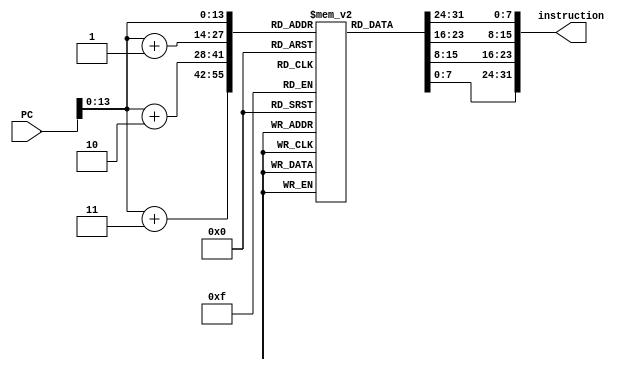
module instructionMemory(instruction, PC);

	integer j;
	input [31:0]PC;
	output [31:0]instruction;
	reg [7:0] mem [16383:0];
	wire [31:0]instruction;
	initial begin
			// SOME softwares would have a 5000 limit on for loop.
			// You can break this into multiple loops or initialize several locations in parallel
			for (j = 0; j<4999; j = j + 1)   // 16 K Memory
				begin
					mem[j] <= 8'b0;
				end	
				mem[4999] <= 8'b0;
			for (j = 5000; j<9999; j = j + 1)   // 16 K Memory
				begin
					mem[j] <= 8'b0;
				end		
				mem[9999] <= 8'b0;
			for (j = 10000; j<14999; j = j + 1)   // 16 K Memory
				begin
					mem[j] <= 8'b0;
				end		
			for (j = 14999; j<16384; j = j + 1)   // 16 K Memory
				begin
					mem[j] <= 8'b0;
				end			
				
			// ******************************************************	
			///Test Case 1: Load Operations 
			// ****************************************************** 
			//lw $t0,0($0)
			//lw $t1,4($0)
			//lw $t2,8($0)
			//lw $t3,12($0)
			//lw $t4,16($0)
			//lw $t5,20($0)
			//lw $t6,24($0)
			//lw $t7,28($0)
			
				
			mem[100] <= 'h48;
			mem[101] <= 'h08;
			mem[102] <= 'h00;
			mem[103] <= 'h00;
			
			mem[104] <= 'h48;
			mem[105] <= 'h09;
			mem[106] <= 'h00;
			mem[107] <= 'h04;
			
			mem[108] <= 'h48;
			mem[109] <= 'h0a;
			mem[110] <= 'h00;
			mem[111] <= 'h08;
			
			mem[112] <= 'h48;
			mem[113] <= 'h0b;
			mem[114] <= 'h00;
			mem[115] <= 'h0c;
			
			mem[116] <= 'h48;
			mem[117] <= 'h0c;
			mem[118] <= 'h00;
			mem[119] <= 'h10;
			
			mem[120] <= 'h48;
			mem[121] <= 'h0d;
			mem[122] <= 'h00;
			mem[123] <= 'h14;
			
			mem[124] <= 'h48;
			mem[125] <= 'h0e;
			mem[126] <= 'h00;
			mem[127] <= 'h18;
			
			mem[128] <= 'h48;
			mem[129] <= 'h0f;
			mem[130] <= 'h00;
			mem[131] <= 'h1c;
			
			// ******************************************************	
			///Test Case 2: Arithematic operations - No Forwarding
			// ****************************************************** 
			//addi $s1,$0,5
			//addi $s2,$0,10
			//addi $s3,$0,3
			//addi $s4,$0,2			
			//add  $s5,$s1,$s2
			//sub  $s6,$s1,$s3
			mem[200] <= 'h24;
			mem[201] <= 'h13;
			mem[202] <= 'h00;
			mem[203] <= 'h05;
			
			mem[204] <= 'h24;
			mem[205] <= 'h14;
			mem[206] <= 'h00;
			mem[207] <= 'h0a;
			
			mem[208] <= 'h24;
			mem[209] <= 'h15;
			mem[210] <= 'h00;
			mem[211] <= 'h03;
			
			mem[212] <= 'h24;
			mem[213] <= 'h16;
			mem[214] <= 'h00;
			mem[215] <= 'h02;
			
			mem[216] <= 'h0e;
			mem[217] <= 'h74;
			mem[218] <= 'hb8;
			mem[219] <= 'h20;
			
			mem[220] <= 'h0e;
			mem[221] <= 'h75;
			mem[222] <= 'hc0;
			mem[223] <= 'h24;			

			// ******************************************************	
			///Test Case 3: Logical Operations - No Forwarding
			// ****************************************************** 
			//addi $s1,$0,15
			//addi $s2,$0,10
			//addi $s3,$0,3
			//addi $s4,$0,2			
			//and  $s5,$s1,$s2
			//or   $s6,$s2,$s3
			mem[300] <= 'h24;
			mem[301] <= 'h13;
			mem[302] <= 'h00;
			mem[303] <= 'h0f;
			
			mem[304] <= 'h24;
			mem[305] <= 'h14;
			mem[306] <= 'h00;
			mem[307] <= 'h0a;
			
			mem[308] <= 'h24;
			mem[309] <= 'h15;
			mem[310] <= 'h00;
			mem[311] <= 'h03;
			
			mem[312] <= 'h24;
			mem[313] <= 'h16;
			mem[314] <= 'h00;
			mem[315] <= 'h02;
			
			mem[316] <= 'h0e;
			mem[317] <= 'h74;
			mem[318] <= 'hb8;
			mem[319] <= 'h14;
			
			mem[320] <= 'h0e;
			mem[321] <= 'h95;
			mem[322] <= 'hc0;
			mem[323] <= 'h25;

			// ******************************************************	
			///Test Case 4: Store Operation
			// ****************************************************** 
			//addi $s1,$0,15
			//addi $s2,$0,10
			//addi $s3,$0,3
			//sw   $s1,100($0)			
			//addi $s1,$0,0
			//addi $s2,$0,10			
			//lw   $s3,100($0)						

			mem[400] <= 'h24;
			mem[401] <= 'h13;
			mem[402] <= 'h00;
			mem[403] <= 'h0f;
			
			mem[404] <= 'h24;
			mem[405] <= 'h14;
			mem[406] <= 'h00;
			mem[407] <= 'h0a;
			
			mem[408] <= 'h24;
			mem[409] <= 'h15;
			mem[410] <= 'h00;
			mem[411] <= 'h03;
			
			mem[412] <= 'hac;
			mem[413] <= 'h13;
			mem[414] <= 'h00;
			mem[415] <= 'h64;
			
			mem[416] <= 'h24;
			mem[417] <= 'h13;
			mem[418] <= 'h00;
			mem[419] <= 'h00;
			
			mem[420] <= 'h24;
			mem[421] <= 'h14;
			mem[422] <= 'h00;
			mem[423] <= 'h0a;
			
			mem[424] <= 'h48;
			mem[425] <= 'h15;
			mem[426] <= 'h00;
			mem[427] <= 'h64;			
			
			// ******************************************************	
			///Test Case 5: Branch Equal - Not Taken
			// ****************************************************** 
			//addi $s1,$0,15
			//addi $s2,$0,10
			//addi $s3,$0,3
			//addi $s4,$0,2			
			//beq  $s1,$s2,-5
			//addi $s1,$0,30
			//addi $s2,$0,20
			//addi $s3,$0,6
			//addi $s3,$0,6
			//addi $s3,$0,6						
		
			mem[500] <= 'h24;
			mem[501] <= 'h13;
			mem[502] <= 'h00;
			mem[503] <= 'h0f;
			
			mem[504] <= 'h24;
			mem[505] <= 'h14;
			mem[506] <= 'h00;
			mem[507] <= 'h0a;
					
			mem[508] <= 'h24;
			mem[509] <= 'h15;
			mem[510] <= 'h00;
			mem[511] <= 'h03;
					
			mem[512] <= 'h24;
			mem[513] <= 'h16;
			mem[514] <= 'h00;
			mem[515] <= 'h02;
			
			// BEQ
			mem[516] <= 'h16;
			mem[517] <= 'h74;
			mem[518] <= 'hff;
			mem[519] <= 'hfb;
			
			mem[520] <= 'h24;
			mem[521] <= 'h13;
			mem[522] <= 'h00;
			mem[523] <= 'h1e;
					
			mem[524] <= 'h24;
			mem[525] <= 'h14;
			mem[526] <= 'h00;
			mem[527] <= 'h14;
					
			mem[528] <= 'h24;
			mem[529] <= 'h15;
			mem[530] <= 'h00;
			mem[531] <= 'h06;			
			
			mem[532] <= 'h24;
			mem[533] <= 'h15;
			mem[534] <= 'h00;
			mem[535] <= 'h06;
					
			mem[536] <= 'h24;
			mem[537] <= 'h15;
			mem[538] <= 'h00;
			mem[539] <= 'h06;	
		

			// ******************************************************	
			///Test Case 6: ALU-ALU FWD 
			// ****************************************************** 
			//addi $s1,$0,15
			//addi $s2,$0,10
			//addi $s3,$0,3
			//add  $s4,$s1,$s2			
			//add  $s5,$s4,$s3
			
			mem[600] <= 'h24;
			mem[601] <= 'h13;
			mem[602] <= 'h00;
			mem[603] <= 'h0f;
			
			mem[604] <= 'h24;
			mem[605] <= 'h14;
			mem[606] <= 'h00;
			mem[607] <= 'h0a;
			
			mem[608] <= 'h24;
			mem[609] <= 'h15;
			mem[610] <= 'h00;
			mem[611] <= 'h03;
			
			mem[612] <= 'h0e;
			mem[613] <= 'h74;
			mem[614] <= 'hb0;
			mem[615] <= 'h20;
			
			mem[616] <= 'h0e;
			mem[617] <= 'hd5;
			mem[618] <= 'hb8;
			mem[619] <= 'h20;

			// ******************************************************	
			///Test Case 7: Branch Equal - Taken
			// ****************************************************** 
			//addi $s1,$0,15
			//addi $s2,$0,15
			//addi $s3,$0,3
			//addi $s4,$0,2			
			//beq  $s1,$s2,2 //will jump to address 728
			//addi $s1,$0,30
			//addi $s2,$0,20
			//addi $s3,$0,6
			//addi $s3,$0,6
			//addi $s3,$0,6						
		
			mem[700] <= 'h24;
			mem[701] <= 'h13;
			mem[702] <= 'h00;
			mem[703] <= 'h0f;
			
			mem[704] <= 'h24;
			mem[705] <= 'h14;
			mem[706] <= 'h00;
			mem[707] <= 'h0f;
					
			mem[708] <= 'h24;
			mem[709] <= 'h15;
			mem[710] <= 'h00;
			mem[711] <= 'h03;
					
			mem[712] <= 'h24;
			mem[713] <= 'h16;
			mem[714] <= 'h00;
			mem[715] <= 'h02;
			
			// BEQ
			mem[716] <= 'h16;
			mem[717] <= 'h74;
			mem[718] <= 'h00;
			mem[719] <= 'h02;
			
			mem[720] <= 'h24;
			mem[721] <= 'h13;
			mem[722] <= 'h00;
			mem[723] <= 'h1e;
					
			mem[724] <= 'h24;
			mem[725] <= 'h14;
			mem[726] <= 'h00;
			mem[727] <= 'h14;
					
			mem[728] <= 'h24;
			mem[729] <= 'h15;
			mem[730] <= 'h00;
			mem[731] <= 'h06;			
			
			mem[732] <= 'h24;
			mem[733] <= 'h15;
			mem[734] <= 'h00;
			mem[735] <= 'h06;
					
			mem[736] <= 'h24;
			mem[737] <= 'h15;
			mem[738] <= 'h00;
			mem[739] <= 'h06;	

			// ******************************************************	
			///Test Case 8: Branch not Equal - Taken
			// ****************************************************** 
			//addi $s1,$0,15
			//addi $s2,$0,10
			//addi $s3,$0,3
			//addi $s4,$0,2			
			//bnq  $s1,$s2,5
			//addi $s1,$0,30
			//addi $s2,$0,20
			//addi $s3,$0,6
			//addi $s3,$0,6
			//addi $s3,$0,6						
		
			mem[800] <= 'h24;
			mem[801] <= 'h13;
			mem[802] <= 'h00;
			mem[803] <= 'h0f;
			
			mem[804] <= 'h24;
			mem[805] <= 'h14;
			mem[806] <= 'h00;
			mem[807] <= 'h0a;
					
			mem[808] <= 'h24;
			mem[809] <= 'h15;
			mem[810] <= 'h00;
			mem[811] <= 'h03;
					
			mem[812] <= 'h24;
			mem[813] <= 'h16;
			mem[814] <= 'h00;
			mem[815] <= 'h02;
			
			// BNQ
			mem[816] <= 'h12;
			mem[817] <= 'h74;
			mem[818] <= 'h00;
			mem[819] <= 'h05;
			
			mem[820] <= 'h24;
			mem[821] <= 'h13;
			mem[822] <= 'h00;
			mem[823] <= 'h1e;
					
			mem[824] <= 'h24;
			mem[825] <= 'h14;
			mem[826] <= 'h00;
			mem[827] <= 'h14;
					
			mem[828] <= 'h24;
			mem[829] <= 'h15;
			mem[830] <= 'h00;
			mem[831] <= 'h06;			
			
			mem[832] <= 'h24;
			mem[833] <= 'h15;
			mem[834] <= 'h00;
			mem[835] <= 'h06;
					
			mem[836] <= 'h24;
			mem[837] <= 'h15;
			mem[838] <= 'h00;
			mem[839] <= 'h06;	

			// ******************************************************	
			///Test Case 9: jump
			// ****************************************************** 
			//j 100
			//addi $t0,$0,0


			mem[900] <= 'h08;
			mem[901] <= 'h00;
			mem[902] <= 'h00;
			mem[903] <= 'h19; //go to address 100 -> test case1
			
			mem[904] <= 'h26;
			mem[905] <= 'h08;
			mem[906] <= 'h00;
			mem[907] <= 'h00;


			// ******************************************************	
			///Test Case 10: SLL
			// ****************************************************** 
			//addi $t0,$0,5
			//sll  $s1,$t0,2       //sll $d, $t, h

			mem[950] <= 'h24;
			mem[951] <= 'h08;
			mem[952] <= 'h00;
			mem[953] <= 'h05;

			mem[954] <= 'h0c;
			mem[955] <= 'h08;
			mem[956] <= 'h98;
			mem[957] <= 'h80;
			
			

						
	end	 
	
	
   assign instruction = {mem[PC],mem[PC+1],mem[PC+2],mem[PC+3]}; 
endmodule